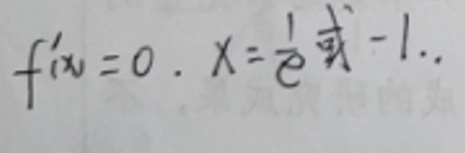
\(f'(x)=0, \quad x = \frac{1}{e}  \)或\(  - 1.\)